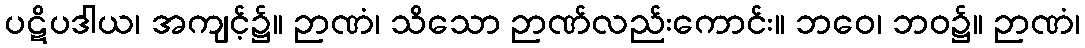
ပဋိပဒါယ၊ အကျင့်၌။ ဉာဏံ၊ သိသော ဉာဏ်လည်းကောင်း။ ဘဝေ၊ ဘဝ၌။ ဉာဏံ၊